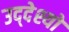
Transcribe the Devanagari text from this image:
उद्‌देश्यों